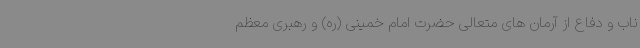
ناب و دفاع از آرمان های متعالی حضرت امام خمینی (ره) و رهبری معظم